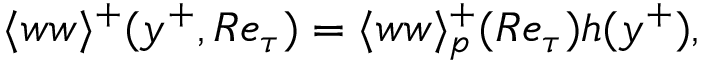
\langle w w \rangle ^ { + } ( y ^ { + } , R e _ { \tau } ) = \langle w w \rangle _ { p } ^ { + } ( R e _ { \tau } ) h ( y ^ { + } ) ,